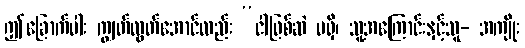
ဤခြောက်ပါး ကျွတ်လွတ်အောင်လည်း “ငါဖြစ်ဆဲ မရှိ၊ သူ့အကြောင်းနှင့်သူ- အကျိုး